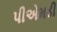
પીએમડી